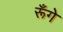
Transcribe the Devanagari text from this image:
रूँगे